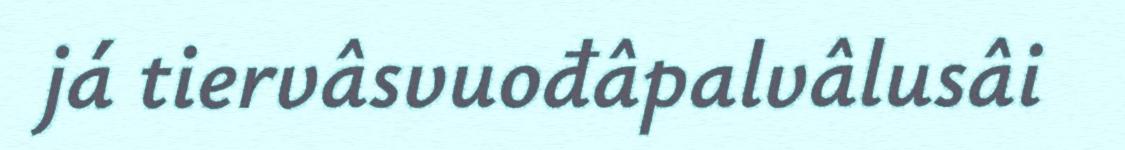
já tiervâsvuođâpalvâlusâi